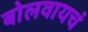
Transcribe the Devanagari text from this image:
बोलवायचं